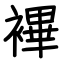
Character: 襅